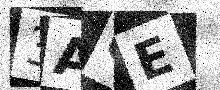
Text: 3AQE